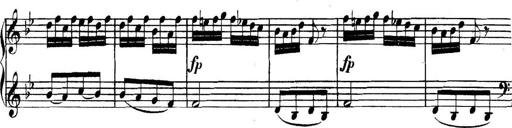
Title: Collected Piano Sonatas
Composer: Muzio Clementi